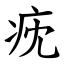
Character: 㽸